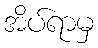
အိပ်ရာမှ